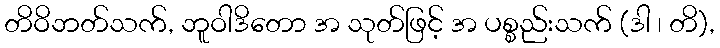
တိဝိဘတ်သက်, ဘူဝါဒိတော အ သုတ်ဖြင့် အ ပစ္စည်းသက် (ဒါ ၊ တိ),